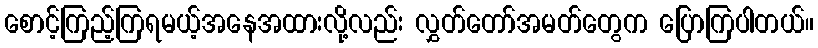
စောင့်ကြည့်ကြရမယ့်အနေအထားလို့လည်း လွှတ်တော်အမတ်တွေက ပြောကြပါတယ်။